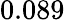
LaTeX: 0.089